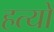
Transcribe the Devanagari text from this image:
हत्यों